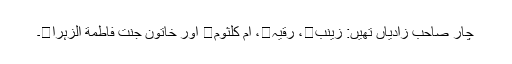
چار صاحب زادیاں تھیں: زینب، رُقیہ، اُمّ کلثوم اور خاتونِ جنت فاطمة الزہرا۔